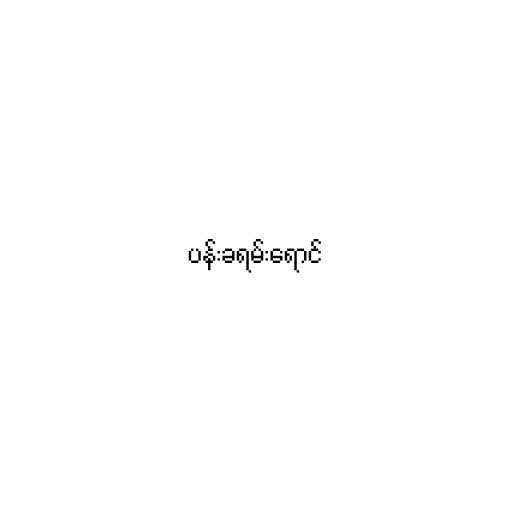
ပန်းခရမ်းရောင်